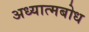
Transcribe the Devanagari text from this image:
अध्यात्मबोध